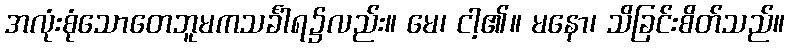
အလုံးစုံသောတေဘူမကသင်္ခါရ၌လည်း။ မေ၊ ငါ့၏။ မနော၊ သိခြင်းစိတ်သည်။